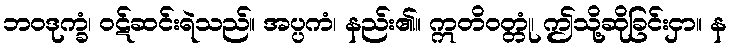
ဘဝဒုက္ခံ၊ ဝဋ်ဆင်းရဲသည်။ အပ္ပကံ၊ နည်း၏။ ဣတိဝတ္တုံ၊ ဤသို့ဆိုခြင်းငှာ။ န